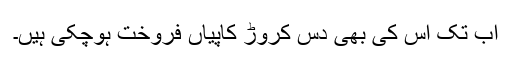
اب تک اس کی بھی دس کروڑ کاپیاں فروخت ہوچکی ہیں۔